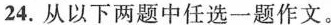
24.从以下两题中任选一题作文。